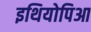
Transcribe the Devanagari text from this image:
इथियोपिआ